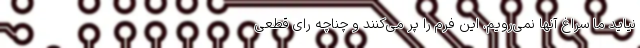
نیاید ما سراغ آنها نمی‌رویم. این فرم را پر می‌کنند و چناچه رای قطعی